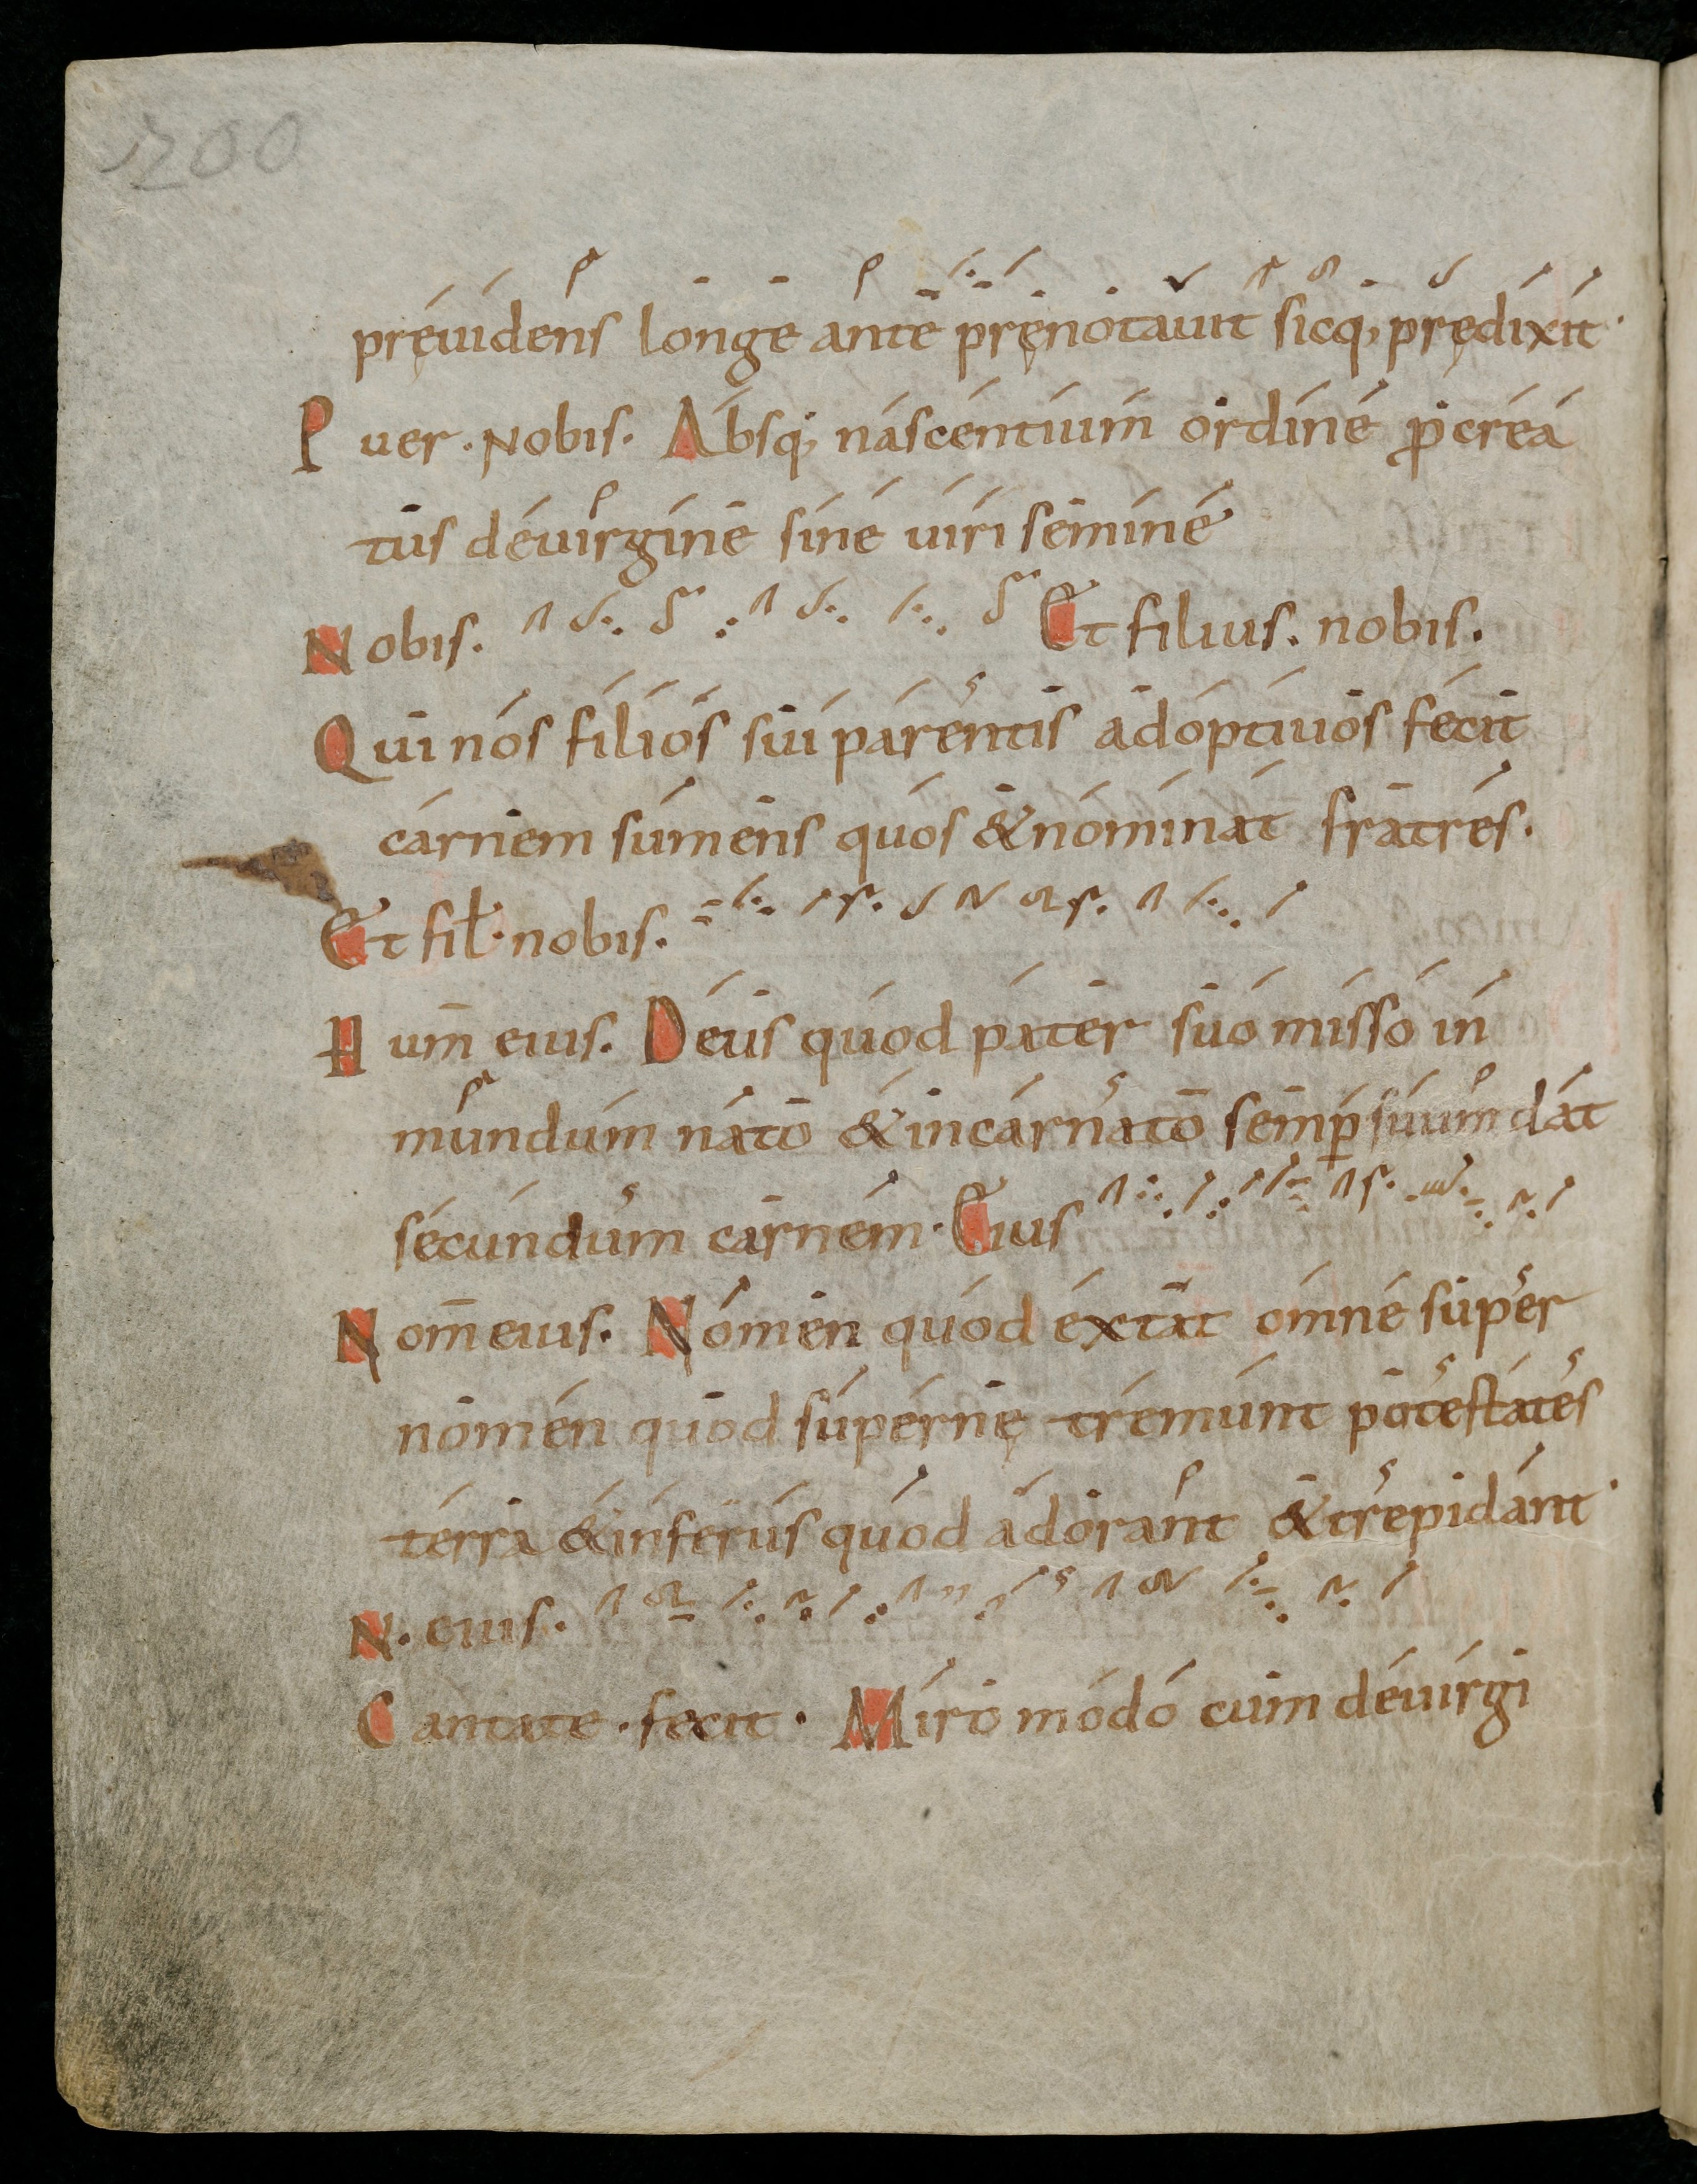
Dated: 1000–1099